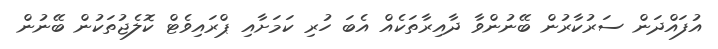
އުފައްދަން ސަރުކާރުން ބޭނުންވާ ދާއިރާތަކެއް އެބަ ހުރި ކަމަށާއި ޕްރައިވެޓް ކޮލެޖުތަކުން ބޭނުން